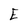
Character: E